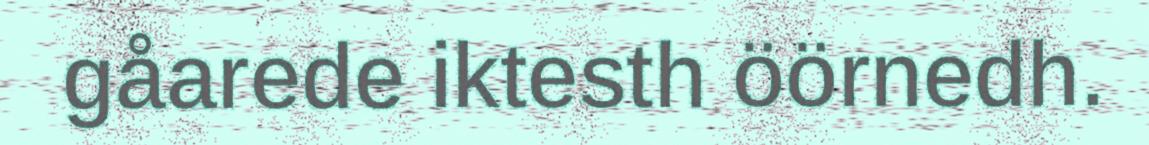
gåarede iktesth öörnedh.